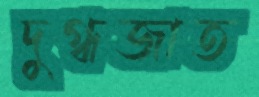
দুগ্ধজাত